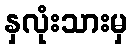
နှလုံးသားမှ